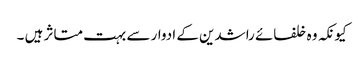
کیونکہ وہ خلفائے راشدین کے ادوار سے بہت متاثر ہیں ۔